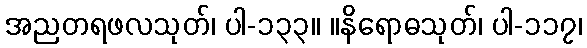
အညတရဖလသုတ်၊ ပါ-၁၃၃။ ။နိရောဓသုတ်၊ ပါ-၁၁၇၊